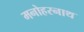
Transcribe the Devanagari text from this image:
मनोहरनाथ